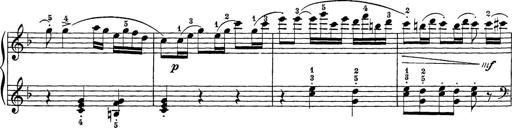
Title: 12 Sonatine per Pianoforte
Composer: Friedrich Kuhlau